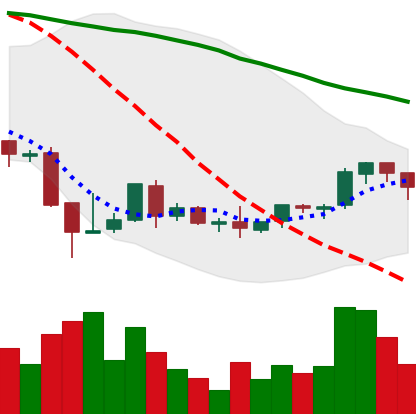
Ticker: BNB-USD
Chart end date: 2018-08-30
Forward return: 5.543%
Label: up_5_7